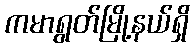
ကမာရွတ်မြို့နယ်ရှိ